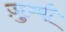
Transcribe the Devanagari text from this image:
ज़ुब्बी